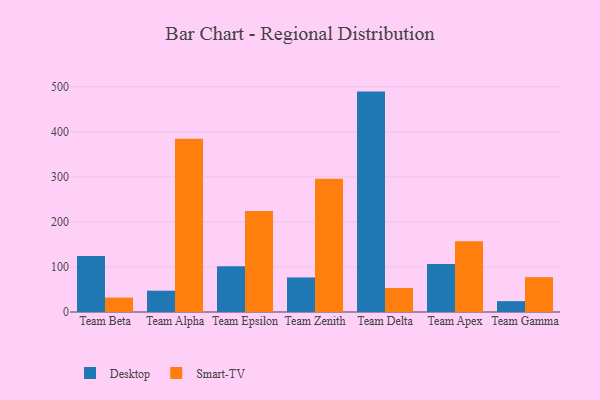
{"axis": {"x": "Team", "y": "Energy Usage (MWh)"}, "legend": ["Desktop", "Smart-TV"], "data": [{"x": "Team Beta", "y": 124.4, "type": "Desktop"}, {"x": "Team Beta", "y": 32.0, "type": "Smart-TV"}, {"x": "Team Alpha", "y": 47.3, "type": "Desktop"}, {"x": "Team Alpha", "y": 384.9, "type": "Smart-TV"}, {"x": "Team Epsilon", "y": 101.5, "type": "Desktop"}, {"x": "Team Epsilon", "y": 224.2, "type": "Smart-TV"}, {"x": "Team Zenith", "y": 76.7, "type": "Desktop"}, {"x": "Team Zenith", "y": 295.8, "type": "Smart-TV"}, {"x": "Team Delta", "y": 489.3, "type": "Desktop"}, {"x": "Team Delta", "y": 53.2, "type": "Smart-TV"}, {"x": "Team Apex", "y": 106.4, "type": "Desktop"}, {"x": "Team Apex", "y": 157.3, "type": "Smart-TV"}, {"x": "Team Gamma", "y": 24.1, "type": "Desktop"}, {"x": "Team Gamma", "y": 77.4, "type": "Smart-TV"}]}